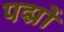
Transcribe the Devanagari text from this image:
पद्मों